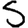
Digit: 5